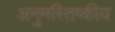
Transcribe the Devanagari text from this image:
अनुमस्तिष्‍कीय